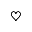
\heartsuit